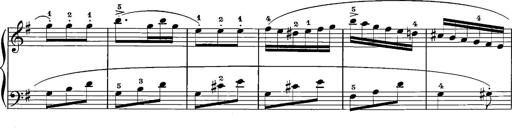
Title: 12 Sonatinas
Composer: Ignaz Pleyel